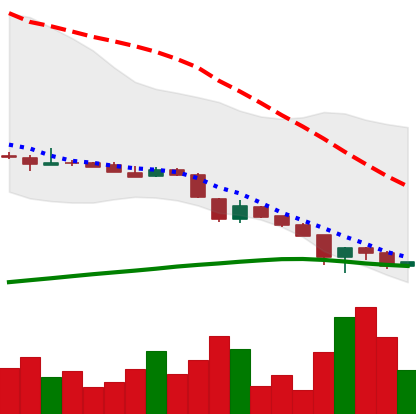
Ticker: DOGE-USD
Chart end date: 2018-11-18
Forward return: -10.67%
Label: down_7plus